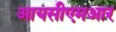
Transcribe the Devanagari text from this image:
आयसीएमआर